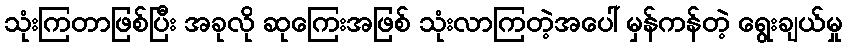
သုံးကြတာဖြစ်ပြီး အခုလို ဆုကြေးအဖြစ် သုံးလာကြတဲ့အပေါ် မှန်ကန်တဲ့ ရွေးချယ်မှု